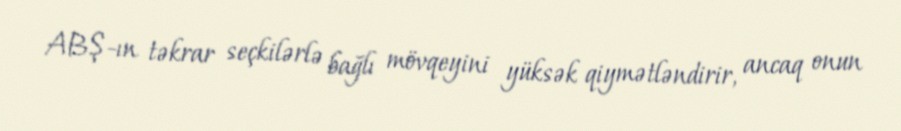
ABŞ-ın təkrar seçkilərlə bağlı mövqeyini yüksək qiymətləndirir, ancaq onun